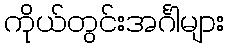
ကိုယ်တွင်းအင်္ဂါများ